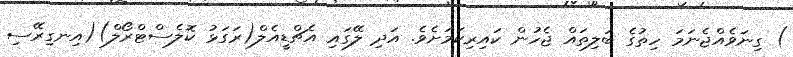
) ގިނަވެއްޖެނަމަ ހިތުގެ ބަލިތައް ޖެހުން ކައިރިކަމަށެވެ. އަދި ލޭގައި އެޗްޑީއެލް(ރަގަޅު ކޮލެސްޓްރޯލް)(އިނގިރޭސި